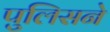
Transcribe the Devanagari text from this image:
पुलिसने